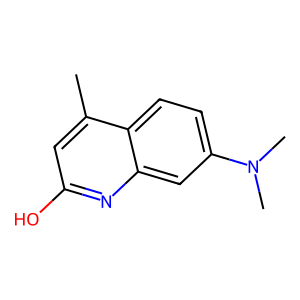
SMILES: Cc1cc(O)nc2cc(N(C)C)ccc12
Inhibits HIV replication: No